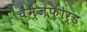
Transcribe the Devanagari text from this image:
चेम्ज़फ़ोर्ड